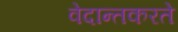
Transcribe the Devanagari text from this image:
वेदान्तकरते